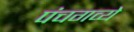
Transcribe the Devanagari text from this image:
पंचगव्ये